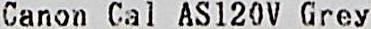
CANON CAL AS120V GREY